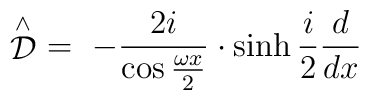
\stackrel{\wedge }{\cal D}\ =\ -\frac{2i}{\cos \frac{\omega x}2}\cdot \sinh {}\frac i2\frac d{dx}